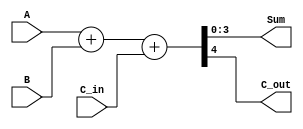
// 4-bit binary full adder with fast carry
`default_nettype none
`timescale 1ns/10ps

//Check SN74LS283 TI datasheet for C4, Sum delays
module ttl_74283_nodly #(parameter WIDTH = 4)
(
  input wire [WIDTH-1:0] A,
  input wire [WIDTH-1:0] B,
  input wire C_in,
  output wire [WIDTH-1:0] Sum,
  output wire C_out
);

//------------------------------------------------//
reg [WIDTH-1:0] Sum_computed;
reg C_computed;

always @(*)
begin
  {C_computed, Sum_computed} = {1'b0, A} + {1'b0, B} + C_in;
end
//------------------------------------------------//

//from SN74LS283 Datasheet
assign Sum = Sum_computed;
assign C_out = C_computed;

endmodule